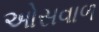
ઓસવાળ